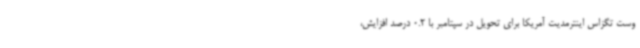
وست تگزاس اینترمدیت آمریکا برای تحویل در سپتامبر با 0.2 درصد افزایش،